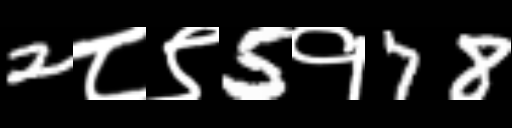
Text: 2८९5१78